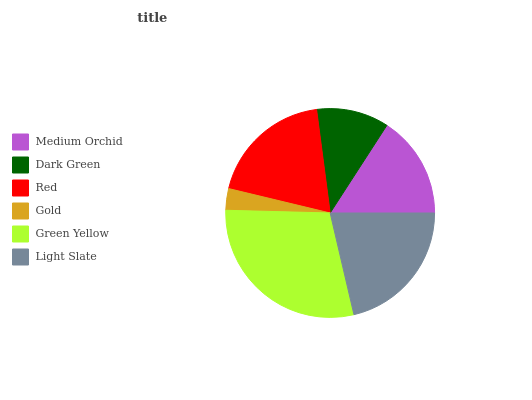
| Medium Orchid | Dark Green | Red | Gold | Green Yellow | Light Slate |
 | --- | --- | --- | --- | --- | --- |
 | 15.9% | 11.2% | 19.1% | 3.34% | 29.1% | 21.3% |